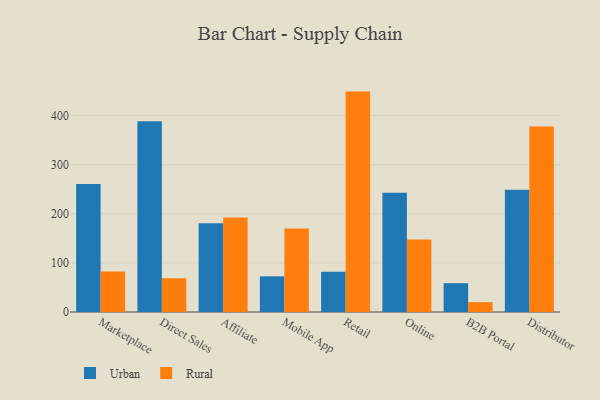
{"axis": {"x": "Channel", "y": "Headcount"}, "legend": ["Rural", "Urban"], "data": [{"x": "Marketplace", "y": 260.7, "type": "Urban"}, {"x": "Marketplace", "y": 82.7, "type": "Rural"}, {"x": "Direct Sales", "y": 388.5, "type": "Urban"}, {"x": "Direct Sales", "y": 68.8, "type": "Rural"}, {"x": "Affiliate", "y": 180.8, "type": "Urban"}, {"x": "Affiliate", "y": 192.8, "type": "Rural"}, {"x": "Mobile App", "y": 72.7, "type": "Urban"}, {"x": "Mobile App", "y": 170.1, "type": "Rural"}, {"x": "Retail", "y": 82.2, "type": "Urban"}, {"x": "Retail", "y": 449.1, "type": "Rural"}, {"x": "Online", "y": 243.0, "type": "Urban"}, {"x": "Online", "y": 147.7, "type": "Rural"}, {"x": "B2B Portal", "y": 58.7, "type": "Urban"}, {"x": "B2B Portal", "y": 20.1, "type": "Rural"}, {"x": "Distributor", "y": 249.3, "type": "Urban"}, {"x": "Distributor", "y": 378.0, "type": "Rural"}]}